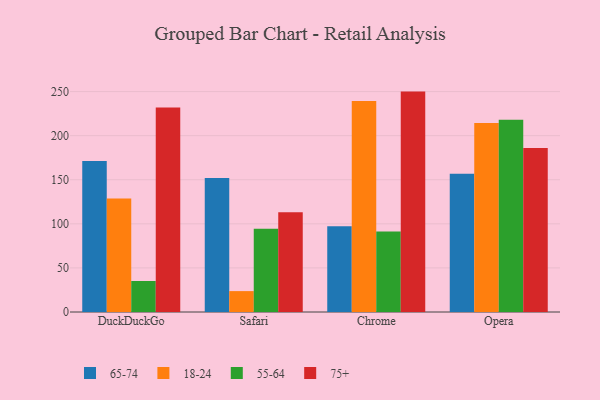
{"axis": {"x": "Browser", "y": "Shipments"}, "legend": ["18-24", "55-64", "65-74", "75+"], "data": [{"x": "DuckDuckGo", "y": 171.4, "type": "65-74"}, {"x": "DuckDuckGo", "y": 128.7, "type": "18-24"}, {"x": "DuckDuckGo", "y": 35.2, "type": "55-64"}, {"x": "DuckDuckGo", "y": 232.1, "type": "75+"}, {"x": "Safari", "y": 151.9, "type": "65-74"}, {"x": "Safari", "y": 23.7, "type": "18-24"}, {"x": "Safari", "y": 94.4, "type": "55-64"}, {"x": "Safari", "y": 113.1, "type": "75+"}, {"x": "Chrome", "y": 97.4, "type": "65-74"}, {"x": "Chrome", "y": 239.3, "type": "18-24"}, {"x": "Chrome", "y": 91.2, "type": "55-64"}, {"x": "Chrome", "y": 250.0, "type": "75+"}, {"x": "Opera", "y": 156.9, "type": "65-74"}, {"x": "Opera", "y": 214.5, "type": "18-24"}, {"x": "Opera", "y": 218.0, "type": "55-64"}, {"x": "Opera", "y": 186.0, "type": "75+"}]}